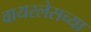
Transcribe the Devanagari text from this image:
वायरलेसच्या